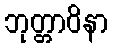
ဘုတ္တာဝိနာ